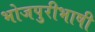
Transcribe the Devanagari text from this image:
भोजपुरीभाषी